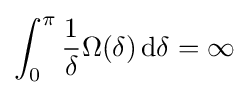
\int _{0}^{\pi }{\frac {1}{\delta }}\Omega (\delta )\,\mathrm {d} \delta =\infty